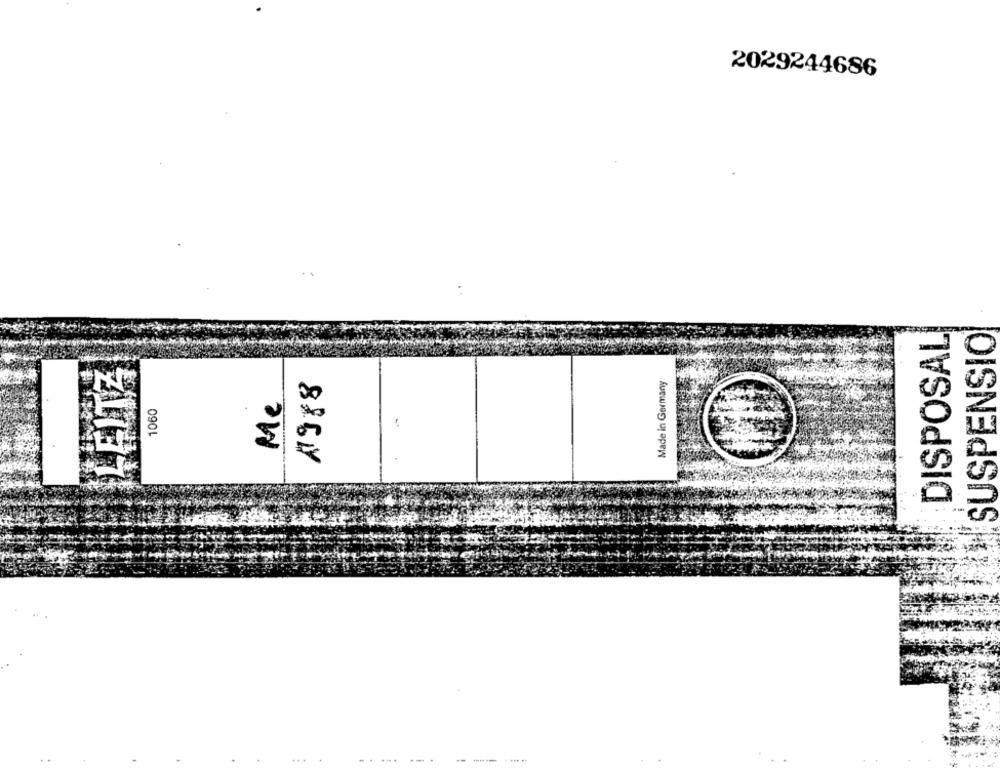
2029244686
DISPOSAL
SUSPENSIO
LEITZ
1988
Made in Germany
1060
Me
- --
. ... ..